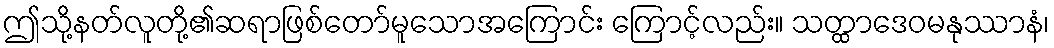
ဤသို့နတ်လူတို့၏ဆရာဖြစ်တော်မူသောအကြောင်း ကြောင့်လည်း။ သတ္ထာဒေဝမနုဿာနံ၊